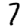
Digit: 7